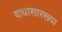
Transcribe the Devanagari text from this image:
वाघासारख्या